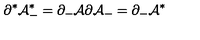
\partial ^ { * } { \cal A } _ { - } ^ { * } = \partial _ { - } { \cal A } \partial { \cal A } _ { - } = \partial _ { - } { \cal A } ^ { * }